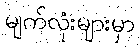
မျက်လုံးများမှာ